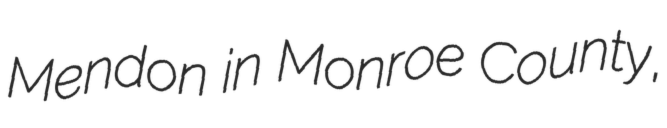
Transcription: Mendon in Monroe County,